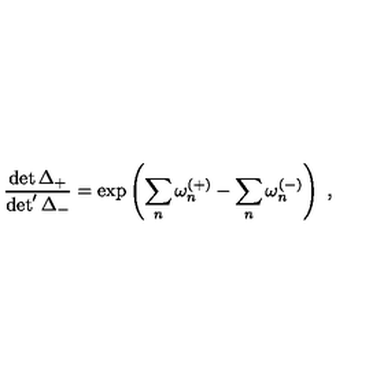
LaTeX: \frac { \det \Delta _ { + } } { \det ^ { \prime } \Delta _ { - } } = \exp \left( \sum _ { n } \omega _ { n } ^ { ( + ) } - \sum _ { n } \omega _ { n } ^ { ( - ) } \right) \ ,